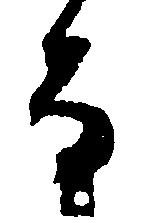
な